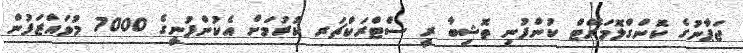
ޖަޕާނުގެ ކޮންގްލޮމަރޭޓް ކުންފުނި ތޮޝިބާ ރީ ސްޓްރަކްޗަރ ކުރުމަށް އެކުންފުނީގެ 7000 މުވައްޒަފުން